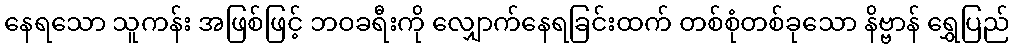
နေရသော သူကန်း အဖြစ်ဖြင့် ဘဝခရီးကို လျှောက်နေရခြင်းထက် တစ်စုံတစ်ခုသော နိဗ္ဗာန် ရွှေပြည်